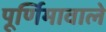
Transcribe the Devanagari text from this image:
पूर्णिमावाले